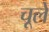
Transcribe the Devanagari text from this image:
चूले